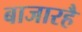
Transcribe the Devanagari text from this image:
बाजारहै